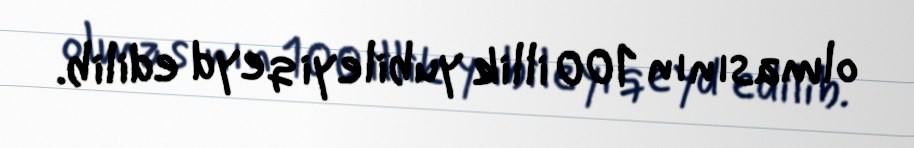
olmasının 100 illik yubileyi qeyd edilib.